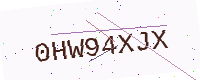
Text: 0HW94XJX